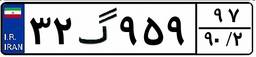
۳۲گ۹۵۹۹۷